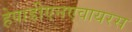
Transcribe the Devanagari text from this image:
हेपाडीएनएवायरस